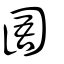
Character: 圄